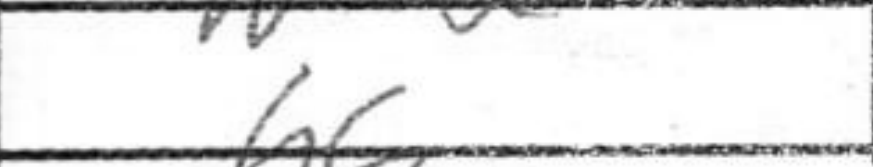
Transcription: h6